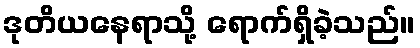
ဒုတိယနေရာသို့ ရောက်ရှိခဲ့သည်။